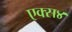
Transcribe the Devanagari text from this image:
एक्स४